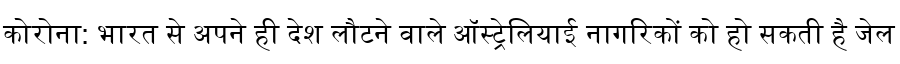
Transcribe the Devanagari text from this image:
कोरोना: भारत से अपने ही देश लौटने वाले ऑस्ट्रेलियाई नागरिकों को हो सकती है जेल